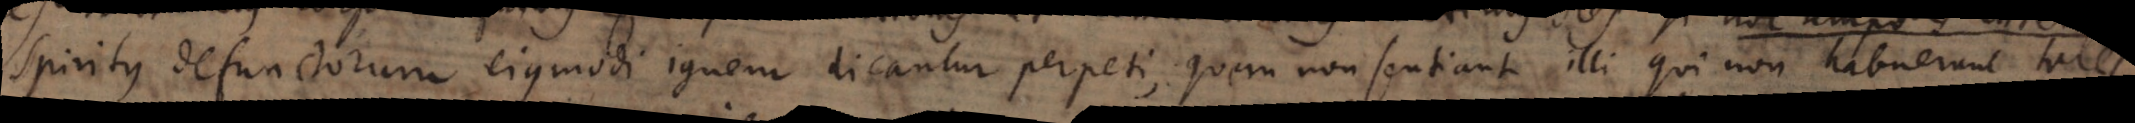
Spiritus defunctorum ejusmodi ignem dicantur perpeti, quem non sentiant illi qui non habuerunt tales